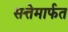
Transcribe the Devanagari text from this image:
सत्तेमार्फत